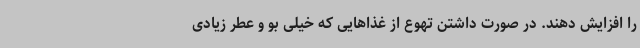
را افزایش دهند. در صورت داشتن تهوع از غذاهایی که خیلی بو و عطر زیادی